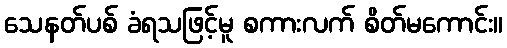
သေနတ်ပစ် ခံရသဖြင့်မူ စကားလက် စိတ်မကောင်း။